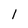
Character: 1